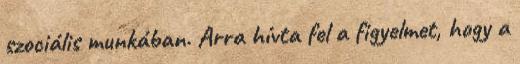
szociális munkában. Arra hívta fel a figyelmet, hogy a